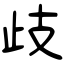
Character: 歧